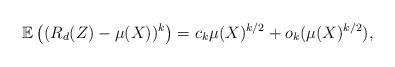
LaTeX: \begin{align*}\mathbb{E}\left( (R_d(Z)-\mu(X))^k \right) = c_k \mu(X)^{k/2} +o_k(\mu(X)^{k/2}),\end{align*}